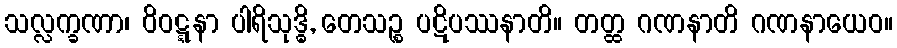
သလ္လက္ခဏာ၊ ဝိဝဋ္ဋနာ ပါရိသုဒ္ဓိ, တေသဉ္စ ပဋိပဿနာတိ။ တတ္ထ ဂဏနာတိ ဂဏနာယေဝ။